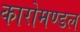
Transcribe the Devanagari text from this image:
कारोमण्डल